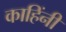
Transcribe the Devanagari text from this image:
काहिंनी